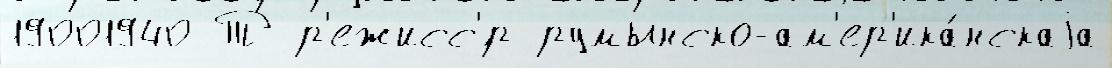
19001940 Т р'ежисс'́р румынско-ам'ер'ика́нскаjа